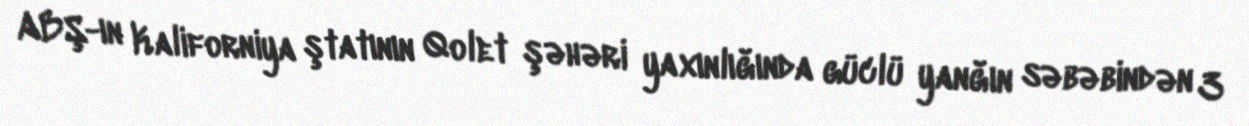
ABŞ-ın Kaliforniya ştatının Qolet şəhəri yaxınlığında güclü yanğın səbəbindən 3